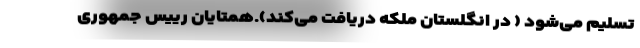
تسلیم می‌شود ( در انگلستان ملکه دریافت می‌کند).همتایان رییس جمهوری